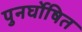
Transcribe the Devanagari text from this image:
पुनर्घोषित